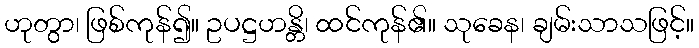
ဟုတွာ၊ ဖြစ်ကုန်၍။ ဥပဋ္ဌဟန္တိ၊ ထင်ကုန်၏။ သုခေန၊ ချမ်းသာသဖြင့်။